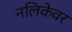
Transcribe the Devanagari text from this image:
नलिकेवर